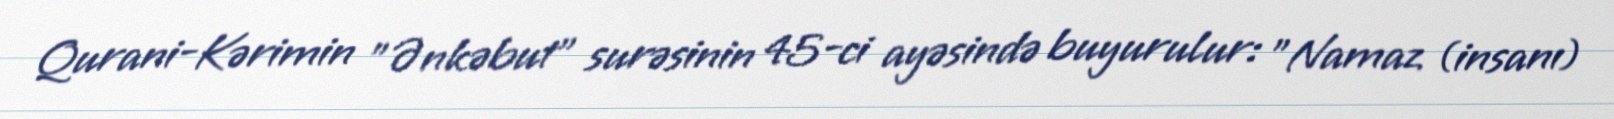
Qurani-Kərimin "Ənkəbut" surəsinin 45-ci ayəsində buyurulur: "Namaz (insanı)